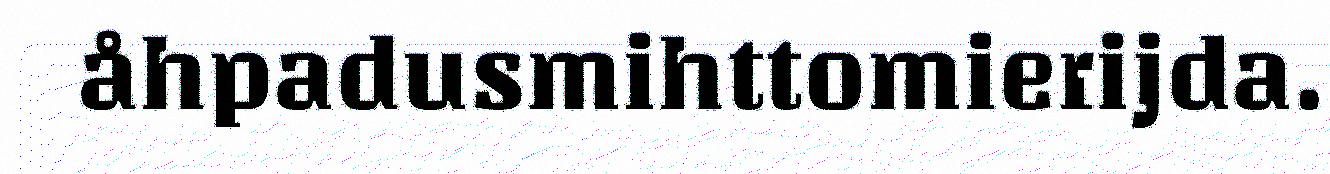
åhpadusmihttomierijda.